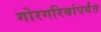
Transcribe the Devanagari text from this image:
गोरगरिबांपर्यंत